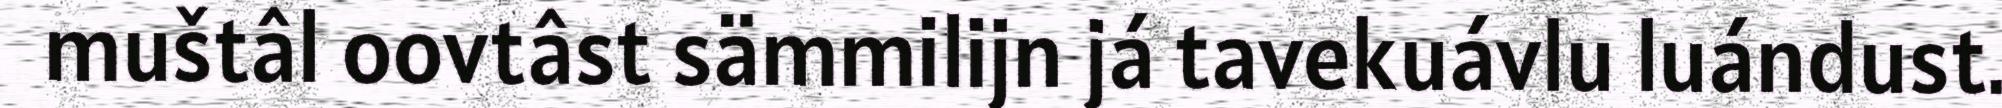
muštâl oovtâst sämmilijn já tavekuávlu luándust.